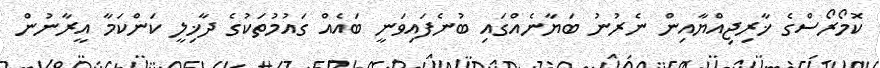
ކޮމޯރޯސްގެ ޚާރިޖިއްޔާއިން ނެރުނު ބަޔާނެއްގައި ބުނެފައިވަނީ ބައެއް ގައުމުތަކުގެ ދާޚިލީ ކަންކަމާ އީރާނުން